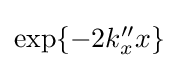
{\textstyle \exp\{-2k_{x}''x\}}